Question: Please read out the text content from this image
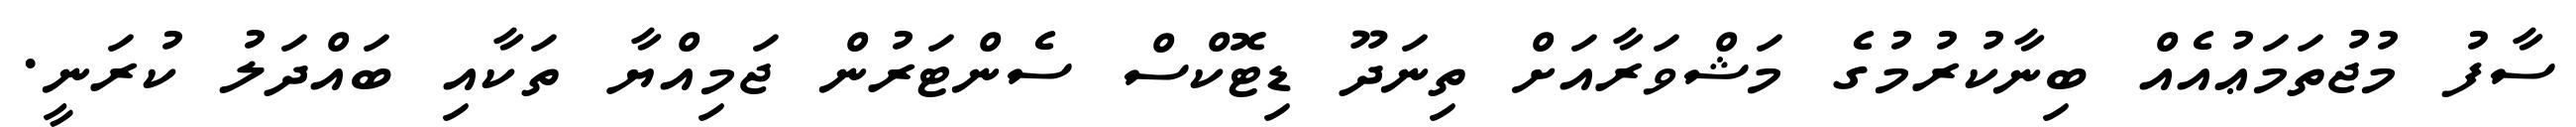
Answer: ސާފު މުޖުތަމަޢުއެއް ބިނާކުރުމުގެ މަޝްވަރާއަށް ތިނަދޫ ޑިޓޮކްސް ސެންޓަރުން ޖަމިއްޔާ ތަކާއި ބައްދަލު ކުރަނީ.